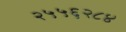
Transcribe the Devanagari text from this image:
२५५६२८४